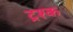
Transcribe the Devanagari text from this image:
ट्रश्क